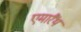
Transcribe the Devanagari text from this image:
एमारैंथ